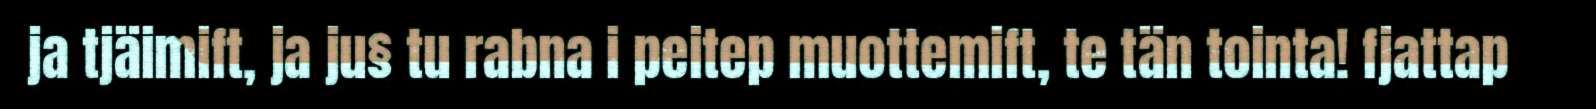
ja tjäimift, ja ju§ tu rabna i peitep muottemift, te tän tointa! fjattap